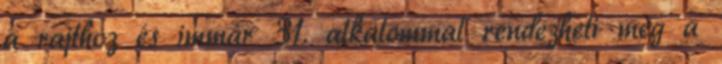
a rajthoz és immár 31. alkalommal rendezheti meg a